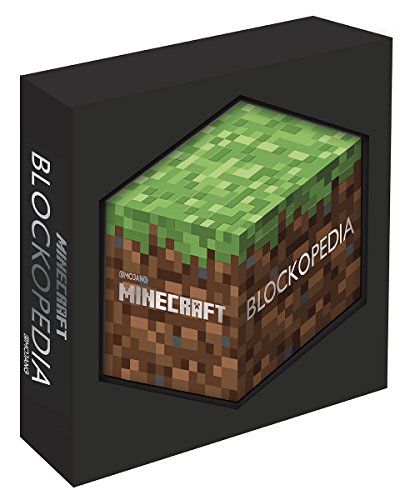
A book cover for Minecraft: Blockopedia; Alex Wiltshire; Children's Books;